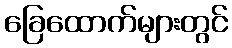
ခြေထောက်များတွင်